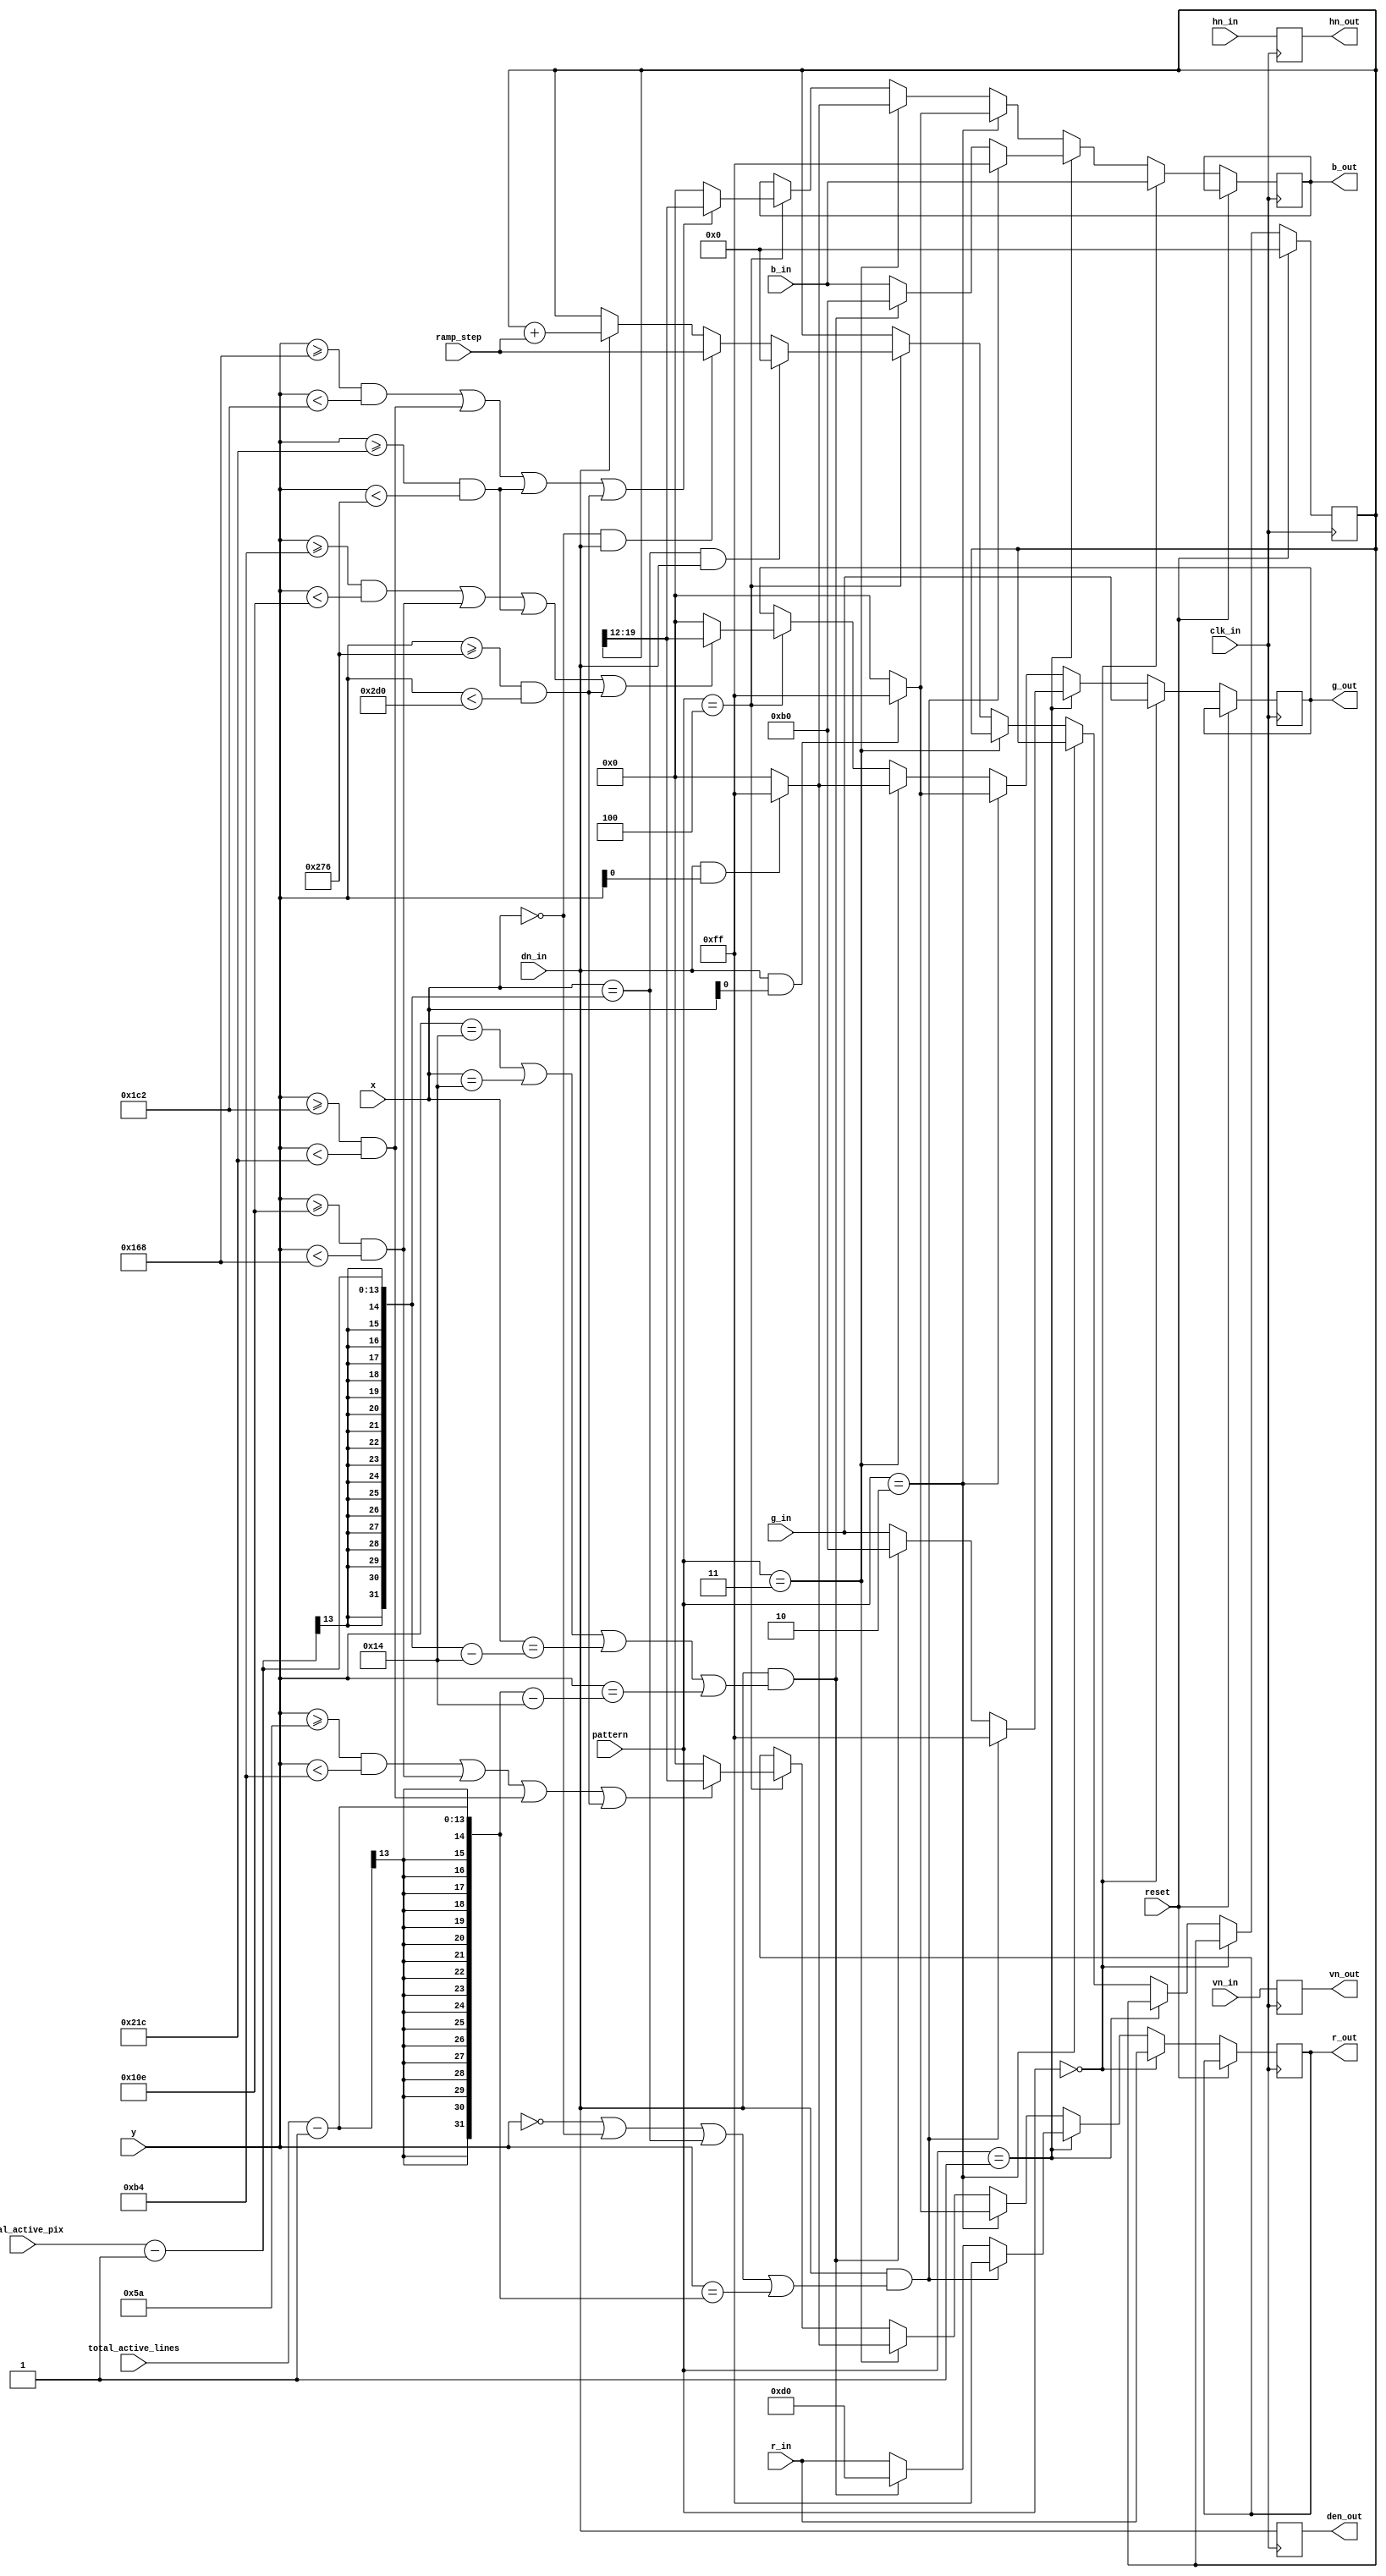
// This program was cloned from: https://github.com/furrtek/Neogeo_MiSTer_old
// License: GNU General Public License v2.0

module pattern_vg
#(
	parameter B=8, // number of bits per channel
	X_BITS=13,
	Y_BITS=13,
	FRACTIONAL_BITS = 12
)

(
	input reset, clk_in,
	input wire [X_BITS-1:0] x,
	input wire [Y_BITS-1:0] y,
	input wire vn_in, hn_in, dn_in,
	input wire [B-1:0] r_in, g_in, b_in,
	output reg vn_out, hn_out, den_out,
	output reg [B-1:0] r_out, g_out, b_out,
	input wire [X_BITS-1:0] total_active_pix,
	input wire [Y_BITS-1:0] total_active_lines,
	input wire [7:0] pattern,
	input wire [B+FRACTIONAL_BITS-1:0] ramp_step
);
	
reg [B+FRACTIONAL_BITS-1:0] ramp_values; // 12-bit fractional end for ramp values


//wire bar_0 = y<90;
wire bar_1 = y>=90 & y<180;
wire bar_2 = y>=180 & y<270;
wire bar_3 = y>=270 & y<360;
wire bar_4 = y>=360 & y<450;
wire bar_5 = y>=450 & y<540;
wire bar_6 = y>=540 & y<630;
wire bar_7 = y>=630 & y<720;


wire red_enable = bar_1 | bar_3 | bar_5 | bar_7;
wire green_enable = bar_2 | bar_3 | bar_6 | bar_7;
wire blue_enable = bar_4 | bar_5 | bar_6 | bar_7;
	
always @(posedge clk_in)
	begin
		vn_out <= vn_in;
		hn_out <= hn_in;
		den_out <= dn_in;
	if (reset)
		ramp_values <= 0;
	else if (pattern == 8'b0) // no pattern
	begin
		r_out <= r_in;
		g_out <= g_in;
		b_out <= b_in;
	end
	else if (pattern == 8'b1) // border
	begin
		if (dn_in && ((y == 12'b0) || (x == 12'b0) || (x == total_active_pix - 1) || (y == total_active_lines - 1)))
		begin
			r_out <= 8'hFF;
			g_out <= 8'hFF;
			b_out <= 8'hFF;
		end
		else	// Double-border (OzOnE)...
		if (dn_in && ((y == 12'b0+20) || (x == 12'b0+20) || (x == total_active_pix - 1 - 20) || (y == total_active_lines - 1 - 20)))
		begin
			r_out <= 8'hD0;
			g_out <= 8'hB0;
			b_out <= 8'hB0;
		end
		else
		begin
			r_out <= r_in;
			g_out <= g_in;
			b_out <= b_in;
		end
	end
	else if (pattern == 8'd2) // moireX
	begin
		if ((dn_in) && x[0] == 1'b1)
		begin
			r_out <= 8'hFF;
			g_out <= 8'hFF;
			b_out <= 8'hFF;
		end
		else
		begin
			r_out <= 8'b0;
			g_out <= 8'b0;
			b_out <= 8'b0;
		end
	end
	else if (pattern == 8'd3) // moireY
	begin
		if ((dn_in) && y[0] == 1'b1)
		begin
			r_out <= 8'hFF;
			g_out <= 8'hFF;
			b_out <= 8'hFF;
		end
		else
		begin
			r_out <= 8'b0;
			g_out <= 8'b0;
			b_out <= 8'b0;
		end
	end
	else if (pattern == 8'd4) // Simple RAMP
	begin
		r_out <= (red_enable) ? ramp_values[B+FRACTIONAL_BITS-1:FRACTIONAL_BITS] : 8'h00;
		g_out <= (green_enable) ? ramp_values[B+FRACTIONAL_BITS-1:FRACTIONAL_BITS] : 8'h00;
		b_out <= (blue_enable) ? ramp_values[B+FRACTIONAL_BITS-1:FRACTIONAL_BITS] : 8'h00;
		
		if ((x == total_active_pix - 1) && (dn_in))
			ramp_values <= 0;
		else if ((x == 0) && (dn_in))
			ramp_values <= ramp_step;
		else if (dn_in)
			ramp_values <= ramp_values + ramp_step;
	end
end

endmodule